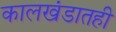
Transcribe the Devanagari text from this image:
कालखंडातही